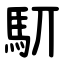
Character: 䭶